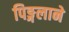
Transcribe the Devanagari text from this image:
पिङ्गलाने